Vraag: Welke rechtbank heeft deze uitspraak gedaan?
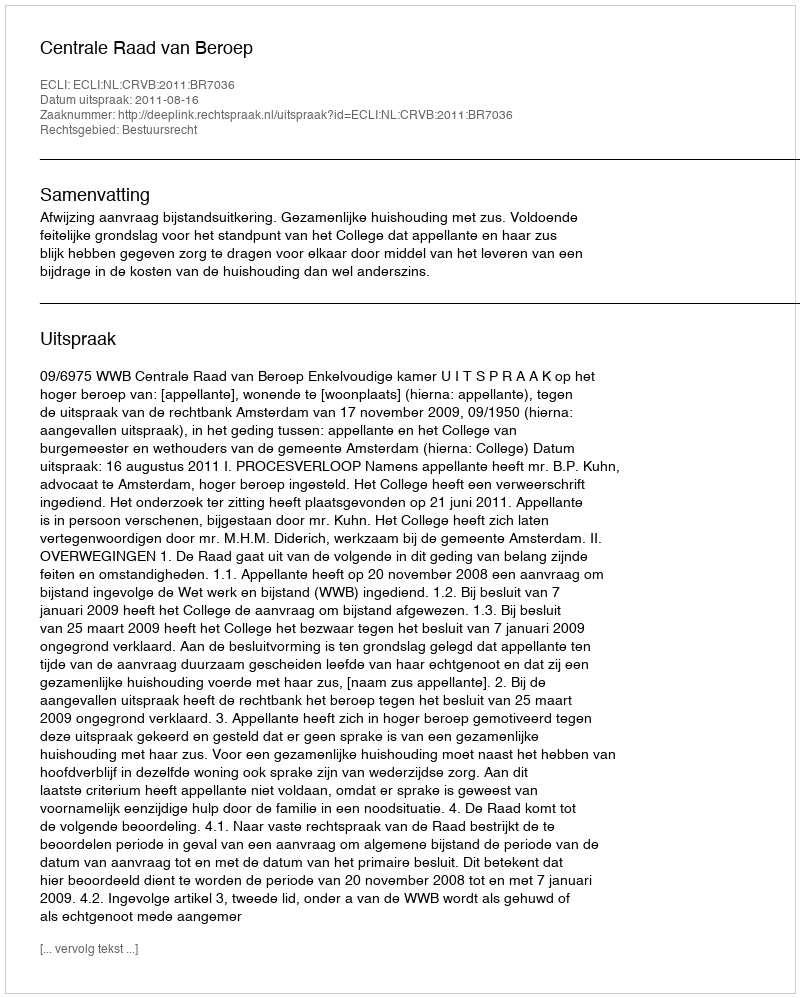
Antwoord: Centrale Raad van Beroep